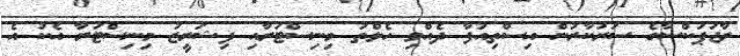
ރާޖަޕަކްސާގެ ސަރުކާރުން އިސްތިއުފާ ދެއްވި ހެލްތު މިނިސްޓަރާއި ފިޝަރީޒު މިނިސްޓަރާ އެކު އެ